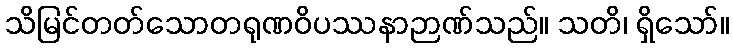
သိမြင်တတ်သောတရုဏဝိပဿနာဉာဏ်သည်။ သတိ၊ ရှိသော်။